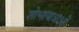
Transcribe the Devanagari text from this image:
शोभायात्राओं